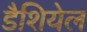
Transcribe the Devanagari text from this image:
डैशियेल